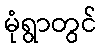
မုံရွာတွင်